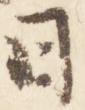
日